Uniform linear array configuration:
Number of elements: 12
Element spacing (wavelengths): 0.5
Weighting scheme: cosine
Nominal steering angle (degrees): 60
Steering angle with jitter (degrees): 58.935
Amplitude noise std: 0.05
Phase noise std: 0.05

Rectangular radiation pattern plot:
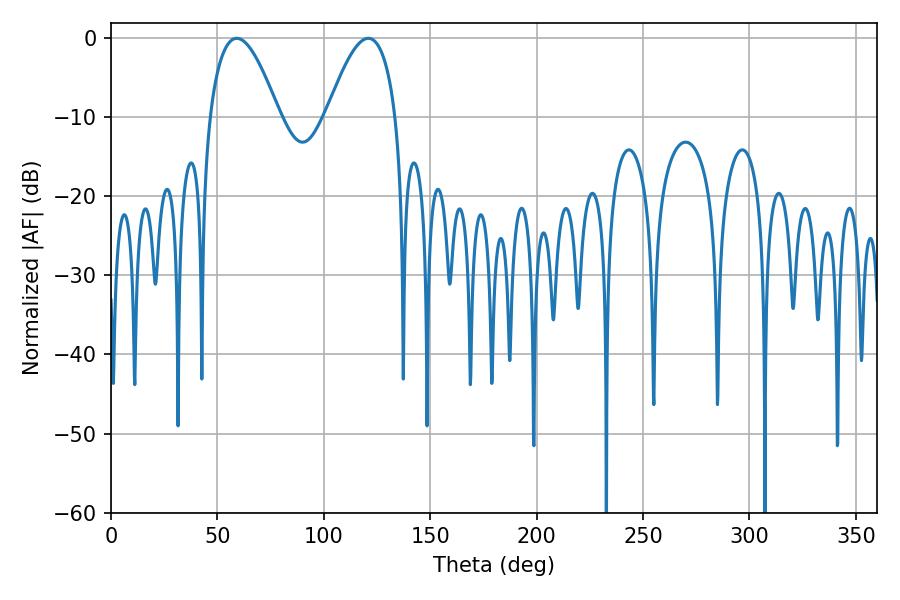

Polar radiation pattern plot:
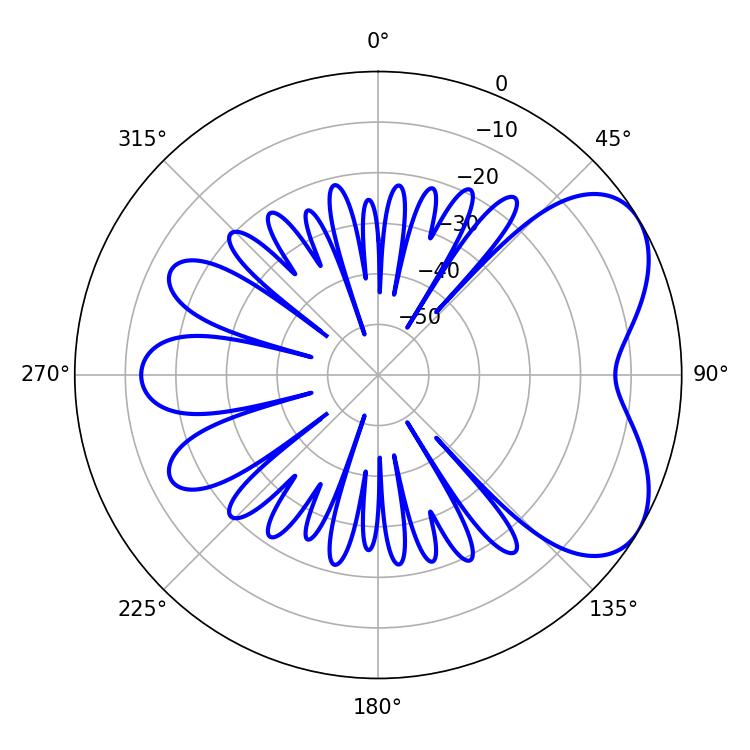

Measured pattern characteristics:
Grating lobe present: FALSE
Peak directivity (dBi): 5.449
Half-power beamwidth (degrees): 17.82
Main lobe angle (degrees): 59.04